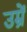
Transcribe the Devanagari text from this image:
उम्रें